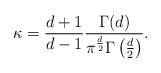
LaTeX: \begin{align*} \kappa= \frac{d+1}{d-1} \frac{\Gamma(d)}{\pi^\frac{d}2 \Gamma\left(\frac{d}2\right)}.\end{align*}